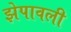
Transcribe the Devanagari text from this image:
झेपावली